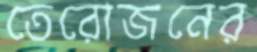
তেরোজনের